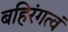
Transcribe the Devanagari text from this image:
बहिरंगत्वं